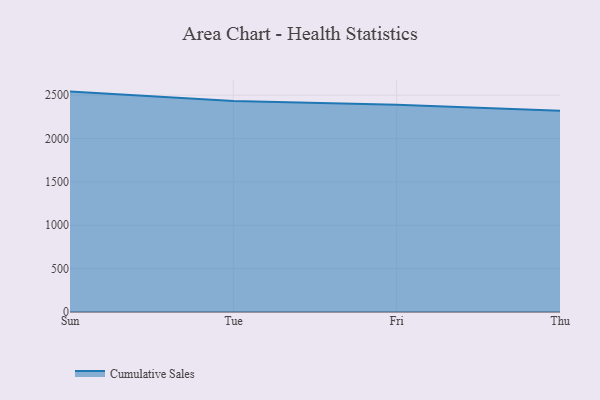
{"axis": {"x": "Day", "y": "Tickets Resolved"}, "legend": ["Cumulative Sales"], "data": [{"x": "Sun", "y": 2540.4, "type": "Cumulative Sales"}, {"x": "Tue", "y": 2432.2, "type": "Cumulative Sales"}, {"x": "Fri", "y": 2387.5, "type": "Cumulative Sales"}, {"x": "Thu", "y": 2319.4, "type": "Cumulative Sales"}]}